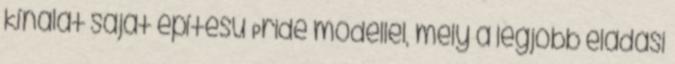
kínálat saját építésű Pride modellel, mely a legjobb eladási